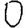
Digit: 0